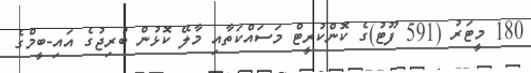
180 މީޓަރު (591 ފޫޓު)ގެ ކޮންކުރީޓް މަސައްކަތާއި މާލޭ ކޮޅުން ބުރިޖުގެ އައި-ބީމްގެ